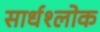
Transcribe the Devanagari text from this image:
सार्धश्लोक